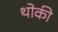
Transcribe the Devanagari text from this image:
थोकी